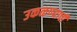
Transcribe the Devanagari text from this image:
उकळण्याची